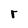
Character: r